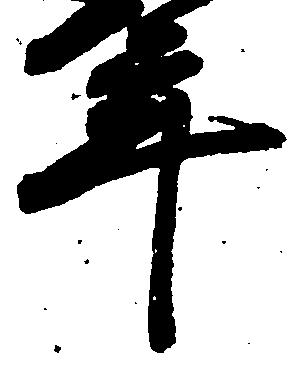
年